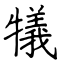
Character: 犠